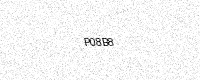
Text: P08B8